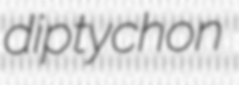
diptychon